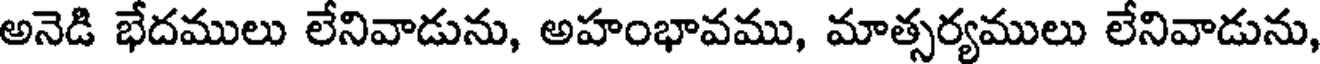
అనెడి భేదములు లేనివాడును, అహంభావము, మాత్సర్యములు లేనివాడును,